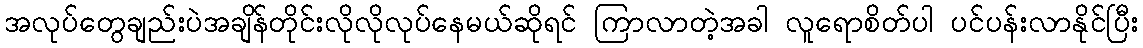
အလုပ်တွေချည်းပဲအချိန်တိုင်းလိုလိုလုပ်နေမယ်ဆိုရင် ကြာလာတဲ့အခါ လူရောစိတ်ပါ ပင်ပန်းလာနိုင်ပြီး